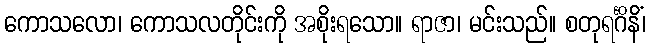
ကောသလော၊ ကောသလတိုင်းကို အစိုးရသော။ ရာဇာ၊ မင်းသည်။ စတုရင်္ဂိနိံ၊